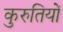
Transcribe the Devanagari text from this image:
कुरुतियों